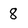
Character: 8